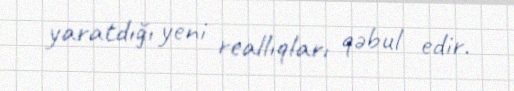
yaratdığı yeni reallıqları qəbul edir.